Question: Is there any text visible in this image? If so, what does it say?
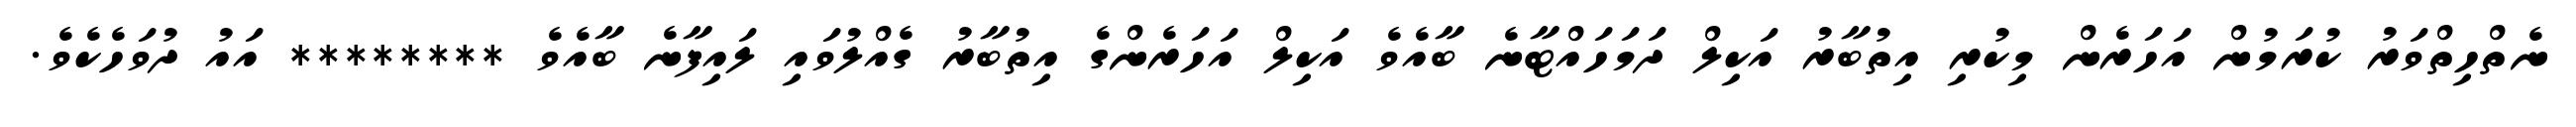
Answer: ނެތްހިތްވަރު ކުރަމުން އަހަރެން މިކުރި އިތުބާރު އަކިލް ދަމަހައްޓާނެ ބާއެވެ އަކިލް އަހަރެންގެ އިތުބާރު ގެއްލުވައި ލައިފާނެ ބާއެވެ ******** އައު ދުވަހެކެވެ.